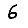
Digit: 6